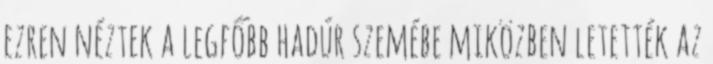
ezren néztek a legfőbb hadúr szemébe miközben letették az